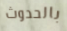
بالحدوث